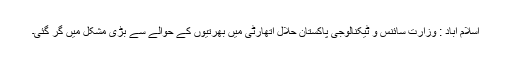
اسلام آباد : وزارت سائنس و ٹیکنالوجی پاکستان حلال اتھارٹی میں بھرتیوں کے حوالے سے بڑی مشکل میں گر گئی۔